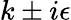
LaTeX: k\pm i\epsilon